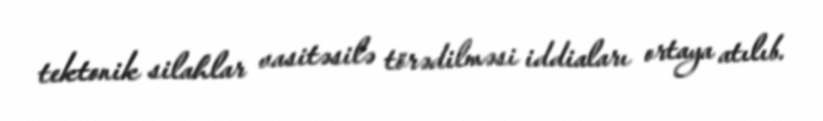
tektonik silahlar vasitəsilə törədilməsi iddiaları ortaya atılıb.